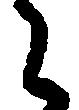
々